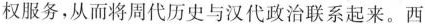
权服务，从而将周代历史与汉代政治联系起来。西